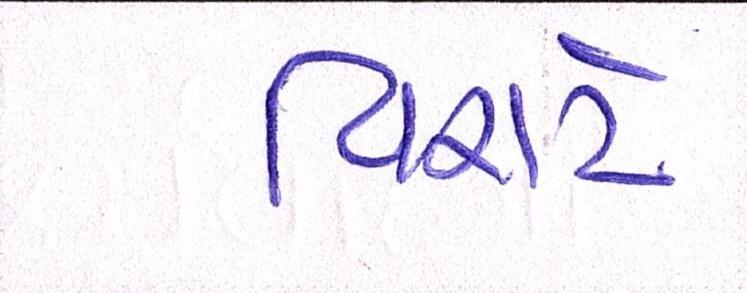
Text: વિરાટે